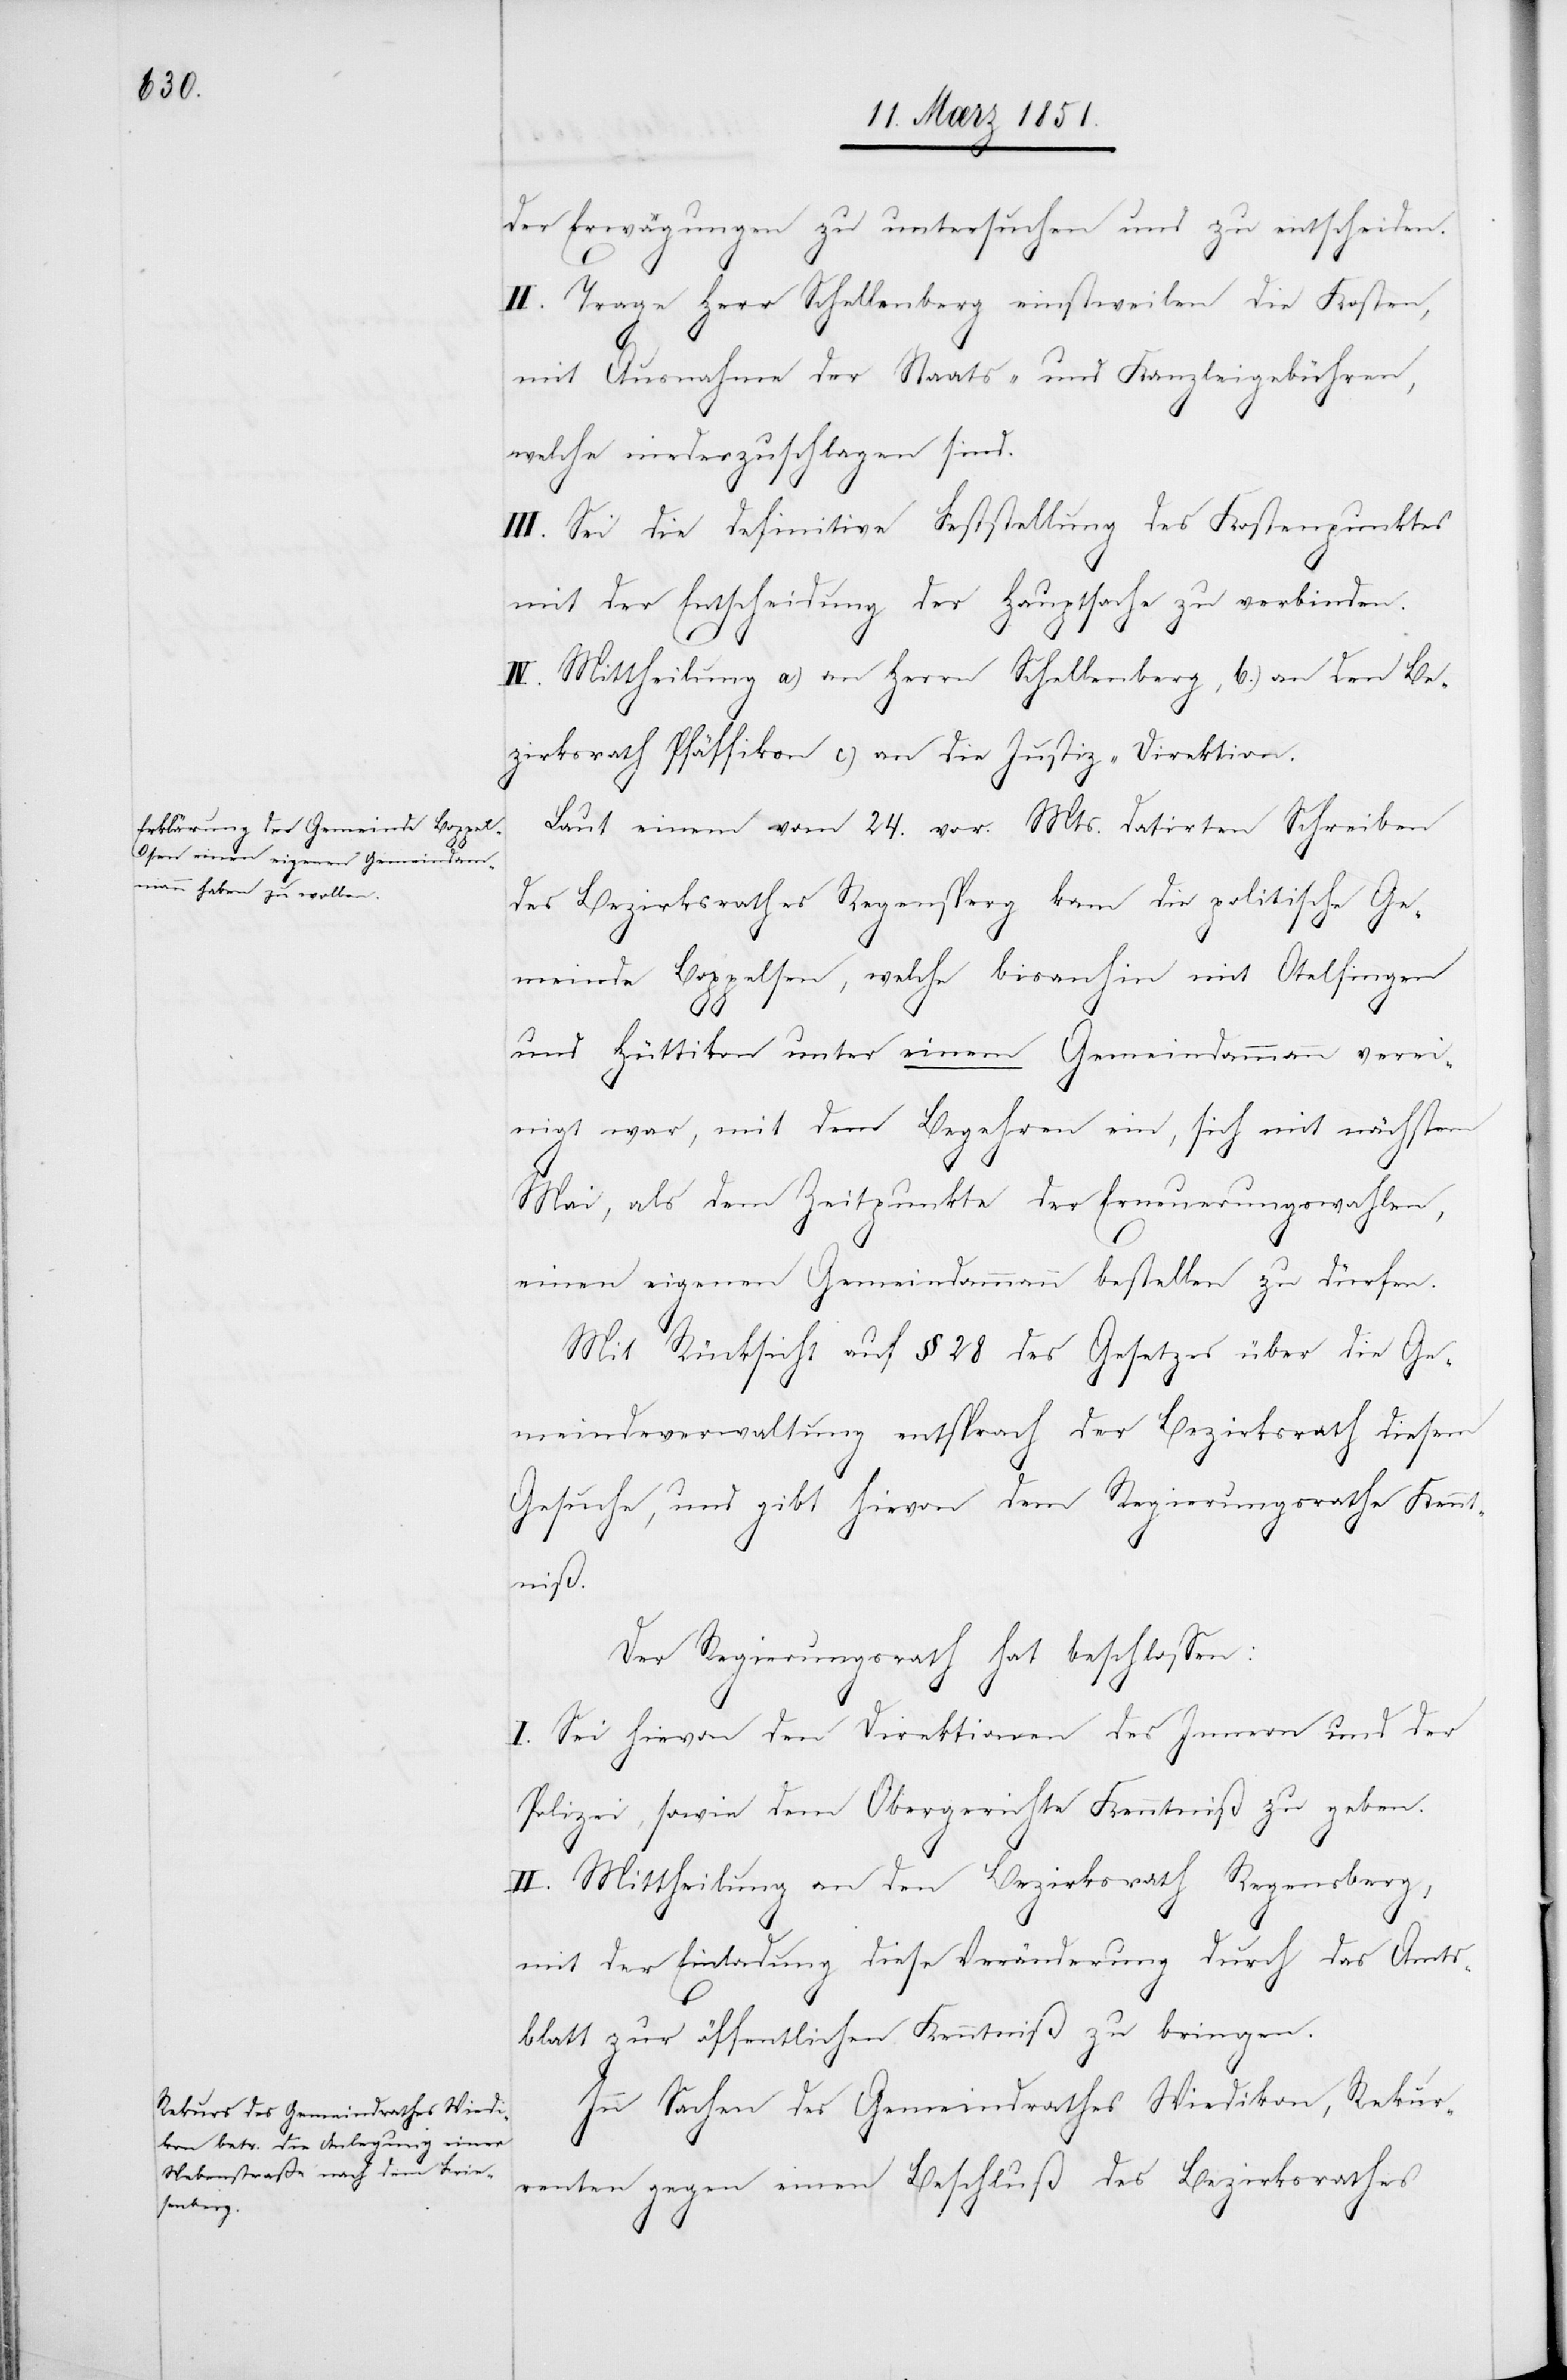
der Erwägungen zu untersuchen und zu entscheiden.
II. Trage Herr Schellenberg einstweilen die Kosten,
mit Ausnahme der Staats- und Kanzleigebühren,
welche niederzuschlagen sind.
III. Sei die definitive Feststellung des Kostenpunktes
mit der Entscheidung der Hauptsache zu verbinden.
IV. Mittheilung a) an Herrn Schellenberg, b.) an den Be¬
zirksrath Pfäffikon[,] c) an die Justiz-Direktion.
Laut einem vom 24. vor. Mts. datirten Schreiben
des Bezirksrathes Regensperg kam die politische Ge¬
meinde Boppelsen, welche bisanhin mit Otelfingen
und Hüttikon unter einem Gemeindammann verei¬
nigt war, mit dem Begehren ein, sich mit nächstem
Mai, als dem Zeitpunkte der Erneuerungswahlen,
einen eigenen Gemeindammann bestellen zu dürfen.
Mit Rücksicht auf § 28 des Gesetzes über die Ge¬
meindeverwaltung entsprach der Bezirksrath diesem
Gesuche, und gibt hievon dem Regierungsrathe Kennt¬
niß.
Der Regierungsrath hat beschlossen:
I. Sei hievon den Direktionen des Innern und der
Polizei, sowie dem Obergerichte Kenntniß zu geben.
II. Mittheilung an den Bezirksrath Regensberg,
mit der Einladung diese Veränderung durch das Amts¬
blatt zur öffentlichen Kenntniß zu bringen.
In Sachen des Gemeindrathes Wiedikon, Rekur¬
renten gegen einen Beschluß des Bezirksrathes